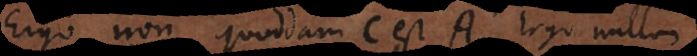
Ergo non, quoddam C est A. Ergo nullum